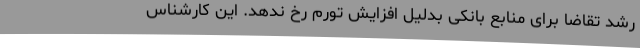
رشد تقاضا برای منابع بانکی بدلیل افزایش تورم رخ ندهد. این کارشناس